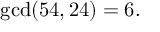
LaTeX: \operatorname* { g c d } ( 5 4 , 2 4 ) = 6 .